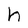
Character: h